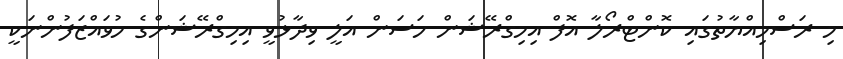
މި ރަސްމިއްޔާތުގައި ކޮންޓްރޯލާ އޮފް އިމިގްރޭޝަން ހަސަން އަލީ ވިދާޅުވީ އިމިގްރޭޝަންގެ މުވައްޒަފުންނަކީ